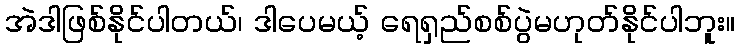
အဲဒါဖြစ်နိုင်ပါတယ်၊ ဒါပေမယ့် ရေရှည်စစ်ပွဲမဟုတ်နိုင်ပါဘူး။